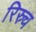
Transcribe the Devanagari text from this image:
रिस्र्च